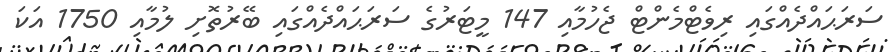
ސަރަޙައްދެއްގައި ރިވެޓްމެންޓް ޖެހުމާއި 147 މީޓަރުގެ ސަރަޙައްދެއްގައި ބޭރުތޮށި ލުމާއި 1750 އަކަ